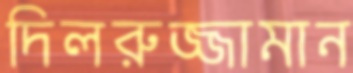
দিলরুজ্জামান